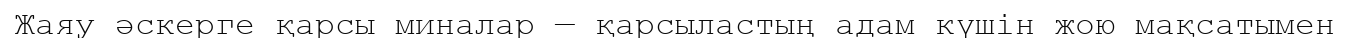
Жаяу әскерге қарсы миналар — қарсыластың адам күшін жою мақсатымен